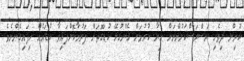
ކުރިން ދިވެހި ރަސްރަސްކަލުންނަށް ހިޔާ ކުރުމަށް ގެންގުޅޭ ކުޑަގޮތަށް ފަރުމާކޮށްފައިވާ ކުޑައެއް ހިފައިގެންނެވެ.